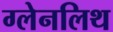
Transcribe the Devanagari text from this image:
ग्लेनलिथ